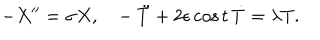
LaTeX: - X ^ { \prime \prime } = \sigma X , \ \ \ - \ddot { T } + 2 \epsilon \cos t \, \dot { T } = \lambda T .